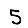
Digit: 5